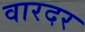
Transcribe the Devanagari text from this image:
वारदर